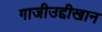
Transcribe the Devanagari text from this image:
गाजीउद्दीखान